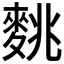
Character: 𪌪